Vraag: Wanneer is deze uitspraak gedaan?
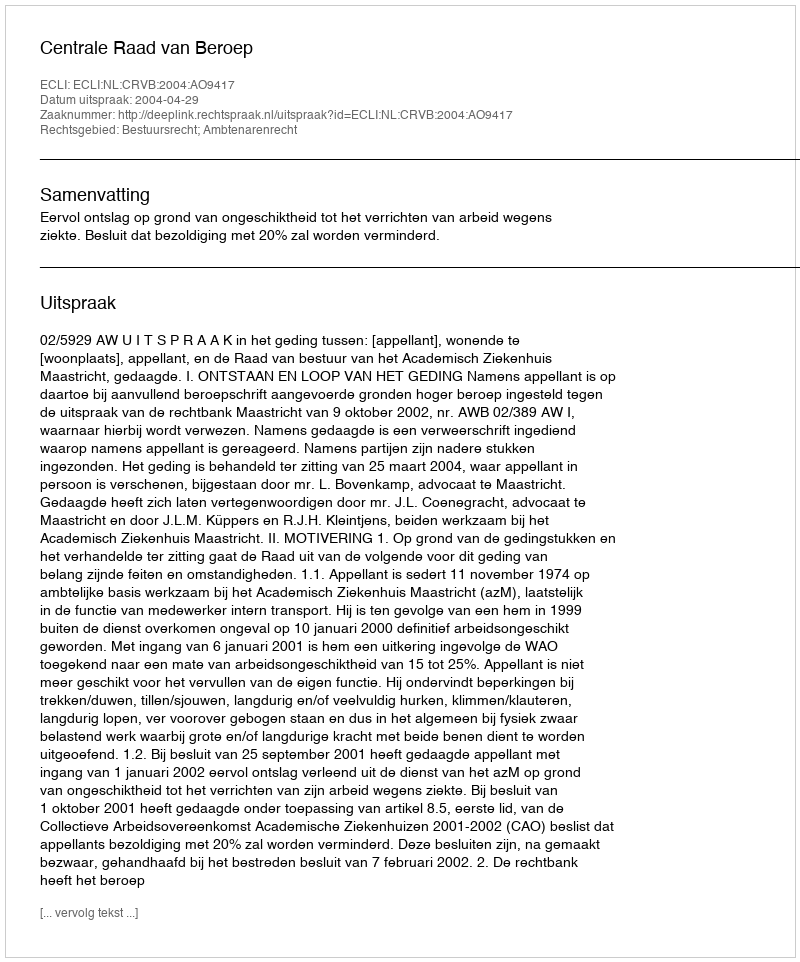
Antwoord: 2004-04-29